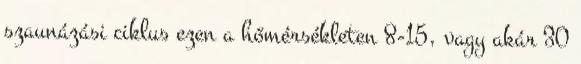
szaunázási ciklus ezen a hőmérsékleten 8-15, vagy akár 30